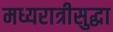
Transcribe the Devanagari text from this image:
मध्यरात्रीसुद्धा